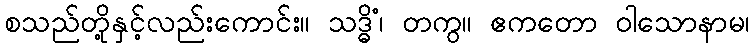
စသည်တို့နှင့်လည်းကောင်း။ သဒ္ဓိံ၊ တကွ။ ဧကတော ဝါသောနာမ၊